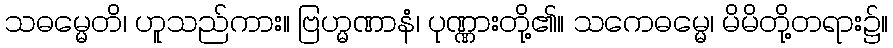
သဓမ္မေတိ၊ ဟူသည်ကား။ ဗြဟ္မဏာနံ၊ ပုဏ္ဏားတို့၏။ သကေဓမ္မေ၊ မိမိတို့တရား၌။